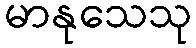
မာနုသေသု